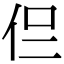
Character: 𠇝